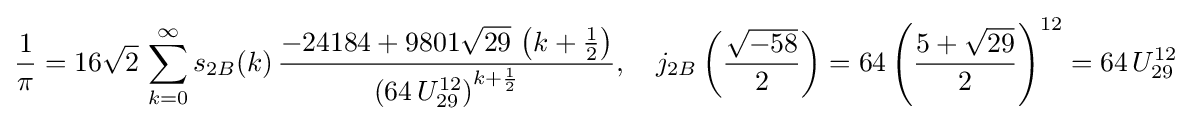
{\frac {1}{\pi }}=16{\sqrt {2}}\,\sum _{k=0}^{\infty }s_{2B}(k)\,{\frac {-24184+9801{\sqrt {29}}\,\left(k+{\frac {1}{2}}\right)}{\left(64\,U_{29}^{12}\right)^{k+{\frac {1}{2}}}}},\quad j_{2B}\left({\frac {\sqrt {-58}}{2}}\right)=64\left({\frac {5+{\sqrt {29}}}{2}}\right)^{12}=64\,U_{29}^{12}